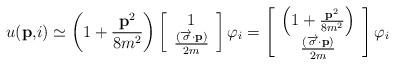
LaTeX: \begin{align*}u(\mathbf{p,}i)\simeq \left( 1+\frac{\mathbf{p}^{2}}{8m^{2}}\right) \left[ \begin{array}{c}1 \\ \frac{(\overrightarrow{\mathbf{\sigma }}\mathbf{\cdot p})}{2m}\end{array}\right] \varphi _{i}=\left[ \begin{array}{c}\left( 1+\frac{\mathbf{p}^{2}}{8m^{2}}\right) \\ \frac{(\overrightarrow{\mathbf{\sigma }}\mathbf{\cdot p})}{2m}\end{array}\right] \varphi _{i}\end{align*}